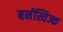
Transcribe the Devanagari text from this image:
बर्नस्विज्क